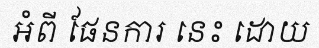
អំពី ផែនការ នេះ ដោយ